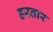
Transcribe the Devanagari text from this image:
हरतार